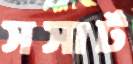
সসার্ট